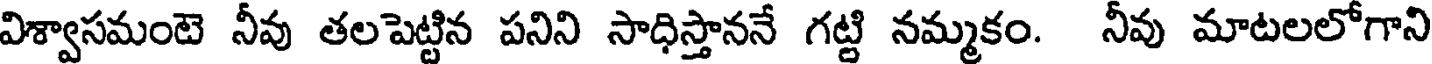
విశ్వాసమంటె నీవు తలపెట్టిన పనిని సాధిస్తాననే గట్టి నమ్మకం. నీవు మాటలలోగాని